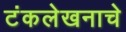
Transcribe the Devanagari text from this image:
टंकलेखनाचे